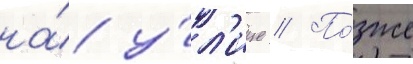
на́ у́л'ице // По́зже